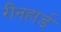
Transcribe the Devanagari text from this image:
रीनहार्ड